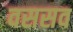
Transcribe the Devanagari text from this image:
वससव